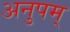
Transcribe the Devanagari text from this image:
अनुपम्